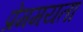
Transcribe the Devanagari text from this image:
प्रेममयता